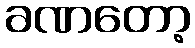
ခဏတော့